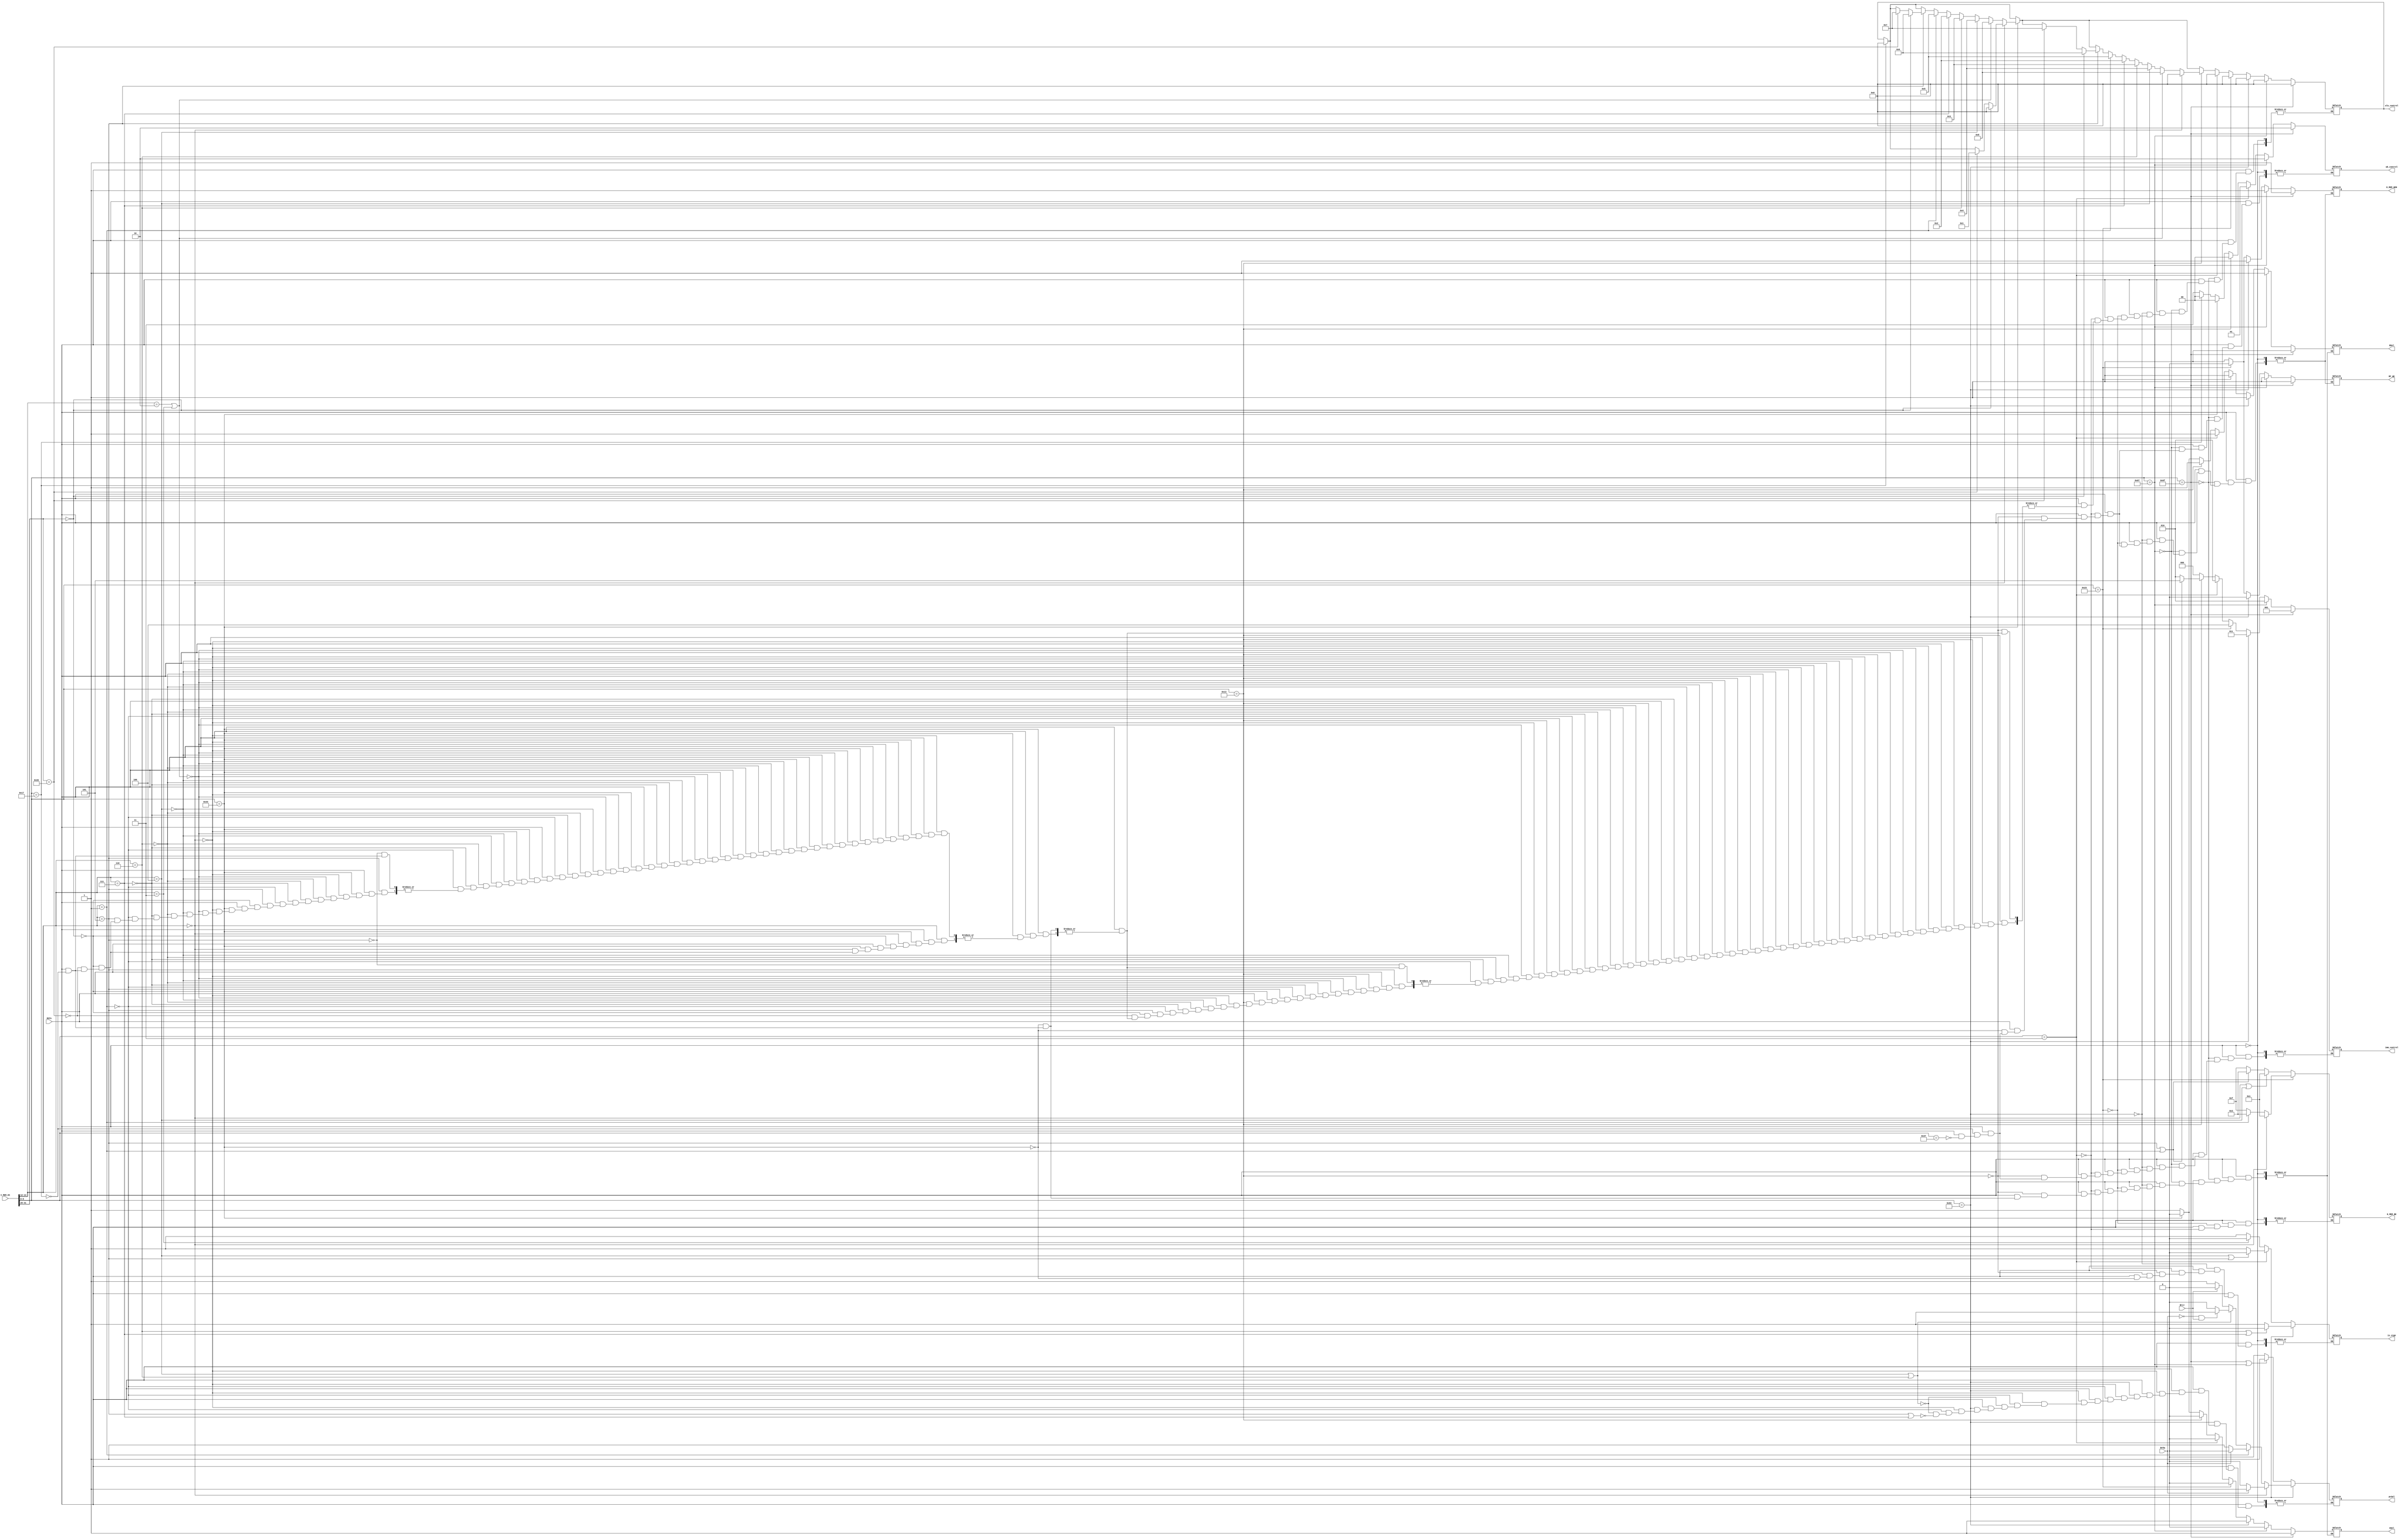
module ControlUnit(
    input wire RSTn,
    input wire [31:0] I_MEM_DI,
    input wire BrEq, //   O
    input wire BrLt, //   O
    output wire [2:0] imm_control, //  O
    output wire RF_WE, //  O
    output wire D_MEM_WEN, //  O
    output wire [3:0] D_MEM_BE, //  O
    output wire is_sign, //  O
    output wire ASel, //  O // 1 pc 0 RF_RD1
    output wire BSel, //  O // 1 imm 0 RF_RD2
    output wire [4:0] alu_control, //  O
    output wire [1:0] wb_control, //  O
    output wire pcSel
);

reg[6:0] opcode;
reg[2:0] func3;
reg[6:0] func7;

// reg [3:0] D_MEM_BE_Reg;

//control
reg[6:0] op_LUI;
reg[6:0] op_AUIPC;
reg[6:0] op_JAL;
reg[6:0] op_JALR;
reg[6:0] op_Btype;
reg[6:0] op_Ltype;
reg[6:0] op_Stype;
reg[6:0] op_Itype;
reg[6:0] op_Rtype;

//output
reg[2:0] imm_control_reg;
reg RF_WE_reg;
reg D_MEM_WEN_reg;
reg[3:0] D_MEM_BE_reg;
reg is_sign_reg;
reg ASel_reg;
reg BSel_reg;
reg[4:0] alu_control_reg;
reg[1:0] wb_control_reg;
reg pcSel_reg;

assign imm_control = imm_control_reg;
assign RF_WE = RF_WE_reg;
assign D_MEM_WEN = D_MEM_WEN_reg;
assign D_MEM_BE = D_MEM_BE_reg;
assign is_sign = is_sign_reg;
assign ASel = ASel_reg;
assign BSel = BSel_reg;
assign alu_control = alu_control_reg;
assign wb_control = wb_control_reg;
assign pcSel = pcSel_reg;
 

initial begin
    op_LUI <= 7'b0110111;
    op_AUIPC <= 7'b0010111;
    op_JAL <= 7'b1101111;
    op_JALR <= 7'b1100111;
    op_Btype <= 7'b1100011;
    op_Ltype <= 7'b0000011;
    op_Stype <= 7'b0100011;
    op_Itype <= 7'b0010011;
    op_Rtype <= 7'b0110011;

    RF_WE_reg <= 0;
    D_MEM_WEN_reg <= 1;
    pcSel_reg <= 0;
end


always@(*) begin
    if(RSTn==1) begin
        opcode = I_MEM_DI[6:0];
        func3 = I_MEM_DI[14:12];
        func7 = I_MEM_DI[31:25];

        if(opcode == op_Btype) begin
            //beq
            if(func3 == 3'b000) begin
                if(BrEq == 1) begin
                    pcSel_reg = 1;
                end
                else begin
                    pcSel_reg = 0;
                end
            end
            //bne
            else if(func3 == 3'b001) begin
                if(BrEq == 0) begin
                    pcSel_reg = 1;
                end
                else begin
                    pcSel_reg = 0;
                end
            end
            //blt
            else if(func3 == 3'b100 || func3 == 3'b110) begin
                if(BrEq == 0 && BrLt == 1) begin
                    pcSel_reg = 1;
                end
                else begin
                    pcSel_reg = 0;
                end
            end
            //bge
            else if(func3 == 3'b101 || func3 == 3'b111) begin
                if(BrLt == 0 )begin
                    pcSel_reg = 1;
                end
                else begin
                    pcSel_reg = 0;
                end
            end
        end
        else if(opcode == op_JAL || opcode == op_JALR) begin
            pcSel_reg = 1;
        end
        else begin
            pcSel_reg = 0;
        end


        if(opcode == op_LUI) begin
            imm_control_reg = 3'b000; // U-type imm 
            RF_WE_reg = 1; // imm rd 
            D_MEM_WEN_reg = 1; //    
            //ALU  
            //rd = imm
            wb_control_reg = 2'b11;
        end
        if(opcode == op_AUIPC) begin
            imm_control_reg = 3'b000; // U-type imm , 20 
            RF_WE_reg = 1;  //  rd 
            D_MEM_WEN_reg = 1; //    
            //ALU: pc + imm
            ASel_reg = 1;
            BSel_reg = 1;
            //alu: 
            alu_control_reg = 4'b0000;
            //rd = alu_result
            wb_control_reg = 2'b00;
        end
        if(opcode == op_Rtype) begin
            // imm 
            RF_WE_reg = 1; //  rd 
            D_MEM_WEN_reg = 1; //    
            //ALU: rd1 + rd2
            ASel_reg = 0;
            BSel_reg = 0;
            //unsigned   
            if(func3 == 3'b011) begin
                is_sign_reg = 0;
            end
            else begin
                is_sign_reg = 1;
            end
            //alu
            if(func3 == 3'b000) begin
                //add
                if(func7 == 7'b0000000) begin
                    alu_control_reg = 4'b0000;
                end
                //sub
                else if(func7 == 7'b0100000) begin
                    alu_control_reg = 4'b0001;
                end
            end
            //slt and sltu
            else if(func3 == 3'b010 || func3 == 3'b011) begin 
                alu_control_reg = 4'b1000;
            end
            //xor
            else if(func3 == 3'b100) begin
                alu_control_reg = 4'b0100;
            end
            //or
            else if(func3 == 3'b110) begin
                alu_control_reg = 4'b0011;
            end
            //and
            else if(func3 == 3'b111) begin
                alu_control_reg = 4'b0010;
            end
            //sll
            else if(func3 == 3'b001) begin
                alu_control_reg = 4'b0101;
            end
            //srl, sra
            else if(func3 == 3'b101) begin
                //srl
                if(func7 == 7'b0000000) begin
                    alu_control_reg = 4'b0110;
                end
                //sra
                else if(func7 == 7'b0100000) begin
                    alu_control_reg = 4'b0111;
                end
            end
            //rd = alu_result
            wb_control_reg = 2'b00;
        end
        if(opcode == op_Itype) begin
            RF_WE_reg = 1; //  rd 
            D_MEM_WEN_reg = 1; //    
            //ALU: rd1 + imm
            ASel_reg = 0;
            BSel_reg = 1;
            if(func3 == 3'b101 || func3 == 3'b001) begin
                imm_control_reg = 3'b101; // shift  imm shamt
            end
            else begin
                imm_control_reg = 3'b010; //   12 
            end
            
            if(func3 == 3'b011) begin
                is_sign_reg = 0;
            end
            else begin
                is_sign_reg = 1;
            end

            //alu
            if(func3 == 3'b000) begin
                //add
                alu_control_reg = 4'b0000;
            end
            //slt and sltu
            else if(func3 == 3'b010 || func3 == 3'b011) begin 
                alu_control_reg = 4'b1000;
            end
            //xor
            else if(func3 == 3'b100) begin
                alu_control_reg = 4'b0100;
            end
            //or
            else if(func3 == 3'b110) begin
                alu_control_reg = 4'b0011;
            end
            //and
            else if(func3 == 3'b111) begin
                alu_control_reg = 4'b0010;
            end
            //sll
            else if(func3 == 3'b001) begin
                alu_control_reg = 4'b0101;
            end
            //srl, sra
            else if(func3 == 3'b101) begin
                //srl
                if(func7 == 7'b0000000) begin
                    alu_control_reg = 4'b0110;
                end
                //sra
                else if(func7 == 7'b0100000) begin
                    alu_control_reg = 4'b0111;
                end
            end
            //rd = alu_result
            wb_control_reg = 2'b00;
        end

        if(opcode == op_Ltype) begin
            imm_control_reg = 3'b010; //  12  
            RF_WE_reg = 1; //  rd 
            D_MEM_WEN_reg = 1; //    
            //ALU: rd1 + imm
            ASel_reg = 0;
            BSel_reg = 1;
            if(func3 == 3'b100 || func3 == 3'b101) begin
                is_sign_reg = 0;
            end
            else begin
                is_sign_reg = 1;
            end

            //D_MEM_BE
            if(func3 == 3'b000 || func3 == 3'b100) begin
                D_MEM_BE_reg = 4'b0001;
            end
            else if(func3 == 3'b001 || func3 == 3'b101) begin
                D_MEM_BE_reg = 4'b0011;
            end
            else begin
                D_MEM_BE_reg = 4'b1111;
            end
            //alu: 
            alu_control_reg = 4'b0000;
            //rd =   
            wb_control_reg = 2'b01;
        end

        if(opcode == op_Stype) begin
            imm_control_reg = 3'b100; // S-type,  12 
            RF_WE_reg = 0; //  rd  .
            D_MEM_WEN_reg = 0; //   .
            //ALU: rd1 + imm
            ASel_reg = 0;
            BSel_reg = 1;

            //D_MEM_BE_reg
            if(func3 == 3'b000) begin
                D_MEM_BE_reg = 4'b0001;
            end
            else if(func3 == 3'b001) begin
                D_MEM_BE_reg = 4'b0011;
            end
            else begin
                D_MEM_BE_reg = 4'b1111;
            end

             //alu: 
             alu_control_reg = 4'b0000;
             //wb .
        end

        if(opcode == op_Btype) begin
            imm_control_reg = 3'b011; // B-type  13 
            RF_WE_reg = 0; //  rd  .
            D_MEM_WEN_reg = 1; //    
            //ALU: pc + imm;
            ASel_reg = 1;
            BSel_reg = 1;
            if(func3 == 3'b110 || func3 == 3'b111) begin
                is_sign_reg = 0;
            end
            else begin
                is_sign_reg = 1;
            end
             //alu: 
             alu_control_reg = 4'b0000;
             //wb .
        end
        if(opcode == op_JALR) begin
            imm_control_reg = 3'b010; //  12 
            RF_WE_reg = 1; // pc+4 rd 
            D_MEM_WEN_reg = 1; //    
            //ALU: rd1 + imm
            ASel_reg = 0;
            BSel_reg = 1;
            
            //alu: 
            alu_control_reg = 4'b0000;
            //rd = pc + 4;
            wb_control_reg = 2'b10;
        end
        if(opcode == op_JAL) begin
            imm_control_reg = 3'b001; //  21 
            RF_WE_reg = 1; // pc+4 rd 
            D_MEM_WEN_reg = 1; //    
            //ALU: pc + imm
            ASel_reg = 1;
            BSel_reg = 1;

            //alu:
            alu_control_reg = 4'b0000;

            //rd = pc + 4;
            wb_control_reg = 2'b10;
        end
    end
end

endmodule